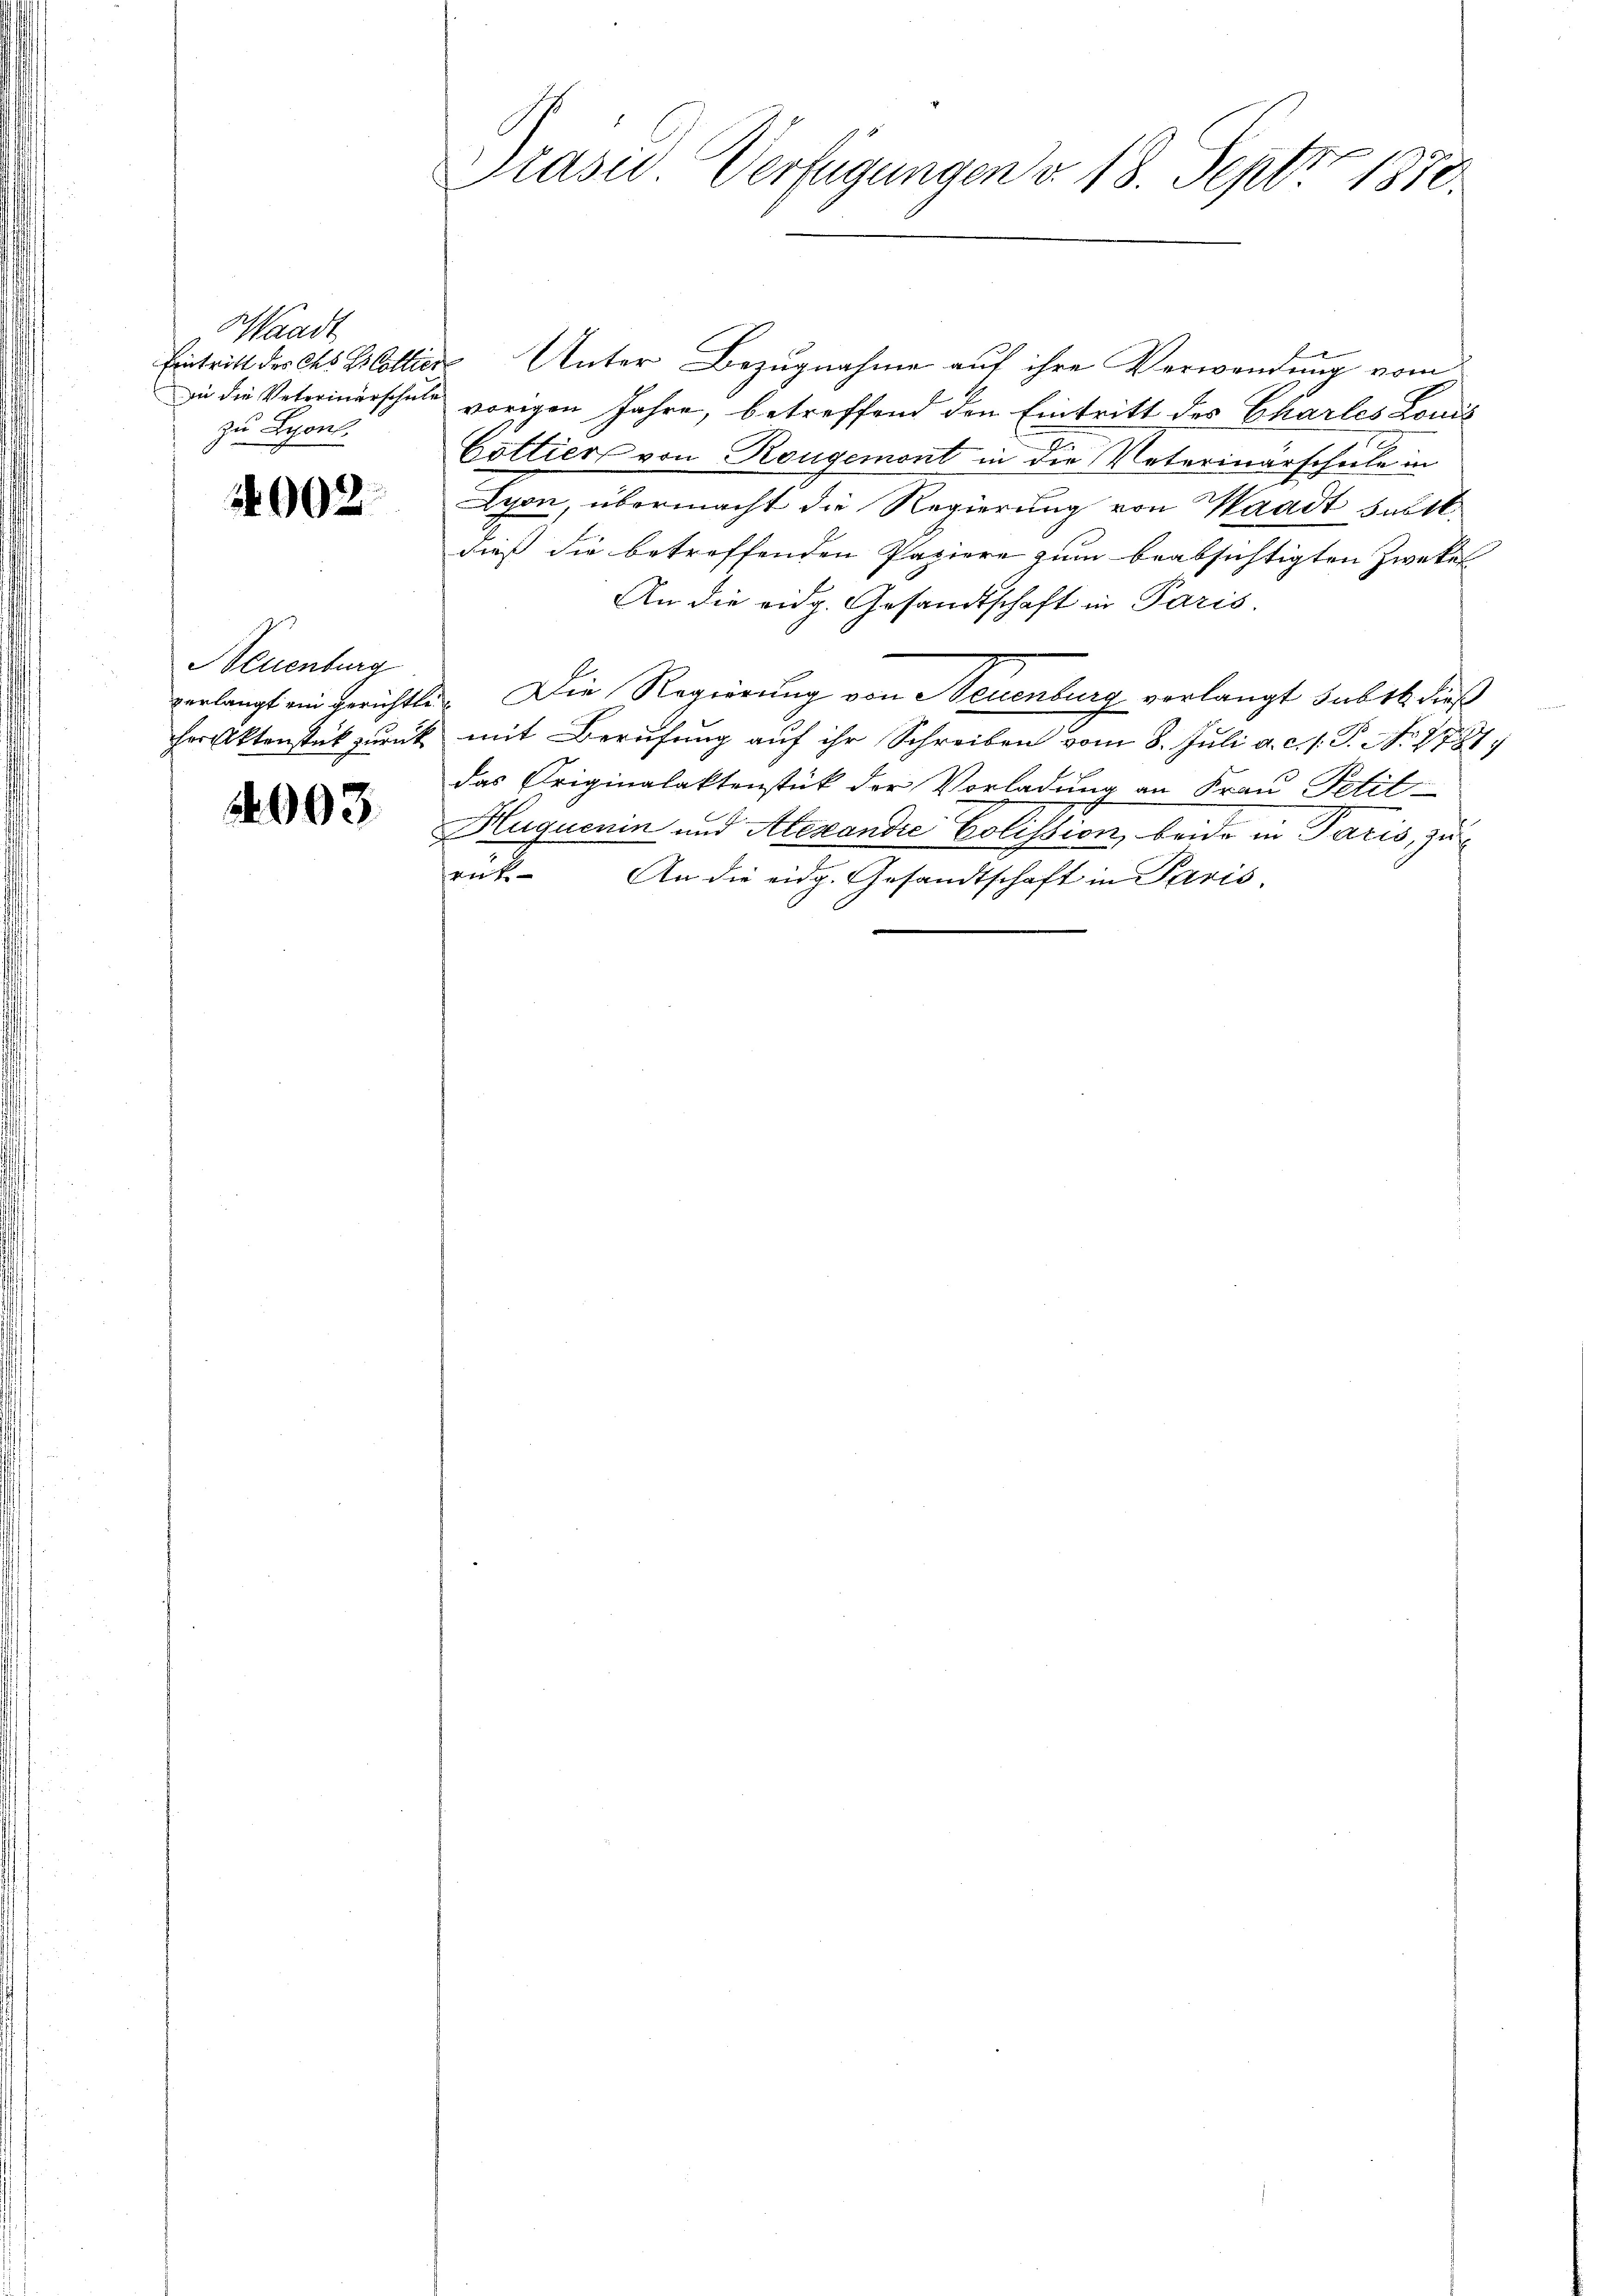
Waadt
Eintritt des Cts. Z. Colle.
zu Lyon

4002.

Neuenburg
her Aktenstück zurück

2003.

Präser Verfügungen v. 18. Septbr. 1850.

i Unter Bezugnahme auf ihre Verwendung vom
zu die Veterinerschule vorigen Jahre, betreffend den Eintritt des Charles Louis
Cottier von Rougemont in die Vaterinärschule in
Lyon, übermacht die Regierung von Waadt subst
dieß die betreffenden Papiere zum beabsichtigten Zwekel
An die eidg. Gesandtschaft in Paris.
verlangt ein Gerichte. Die Regierung von Neuenburg verlangt subst dieß
mit Berufung auf ihr Schreiben vom 8. Juli a. c. f. P. No. 1787
das Originalaktenstück der Vorladung an Frau Petit-
Huguenin und Alexandie Bolission, beide in Paris, zurück. An die eidg. Gesandtschaft in Paris.